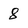
Character: 8